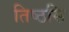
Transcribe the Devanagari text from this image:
तिष्ठसि